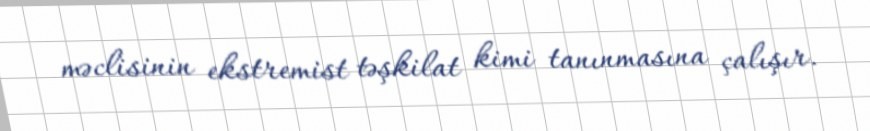
məclisinin ekstremist təşkilat kimi tanınmasına çalışır.